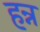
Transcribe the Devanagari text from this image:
हन्न